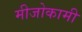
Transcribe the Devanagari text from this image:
मीजोकामी